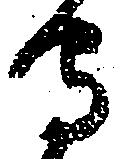
守